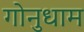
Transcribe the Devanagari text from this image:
गोनुधाम